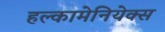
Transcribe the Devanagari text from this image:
हल्कामेनियेक्स